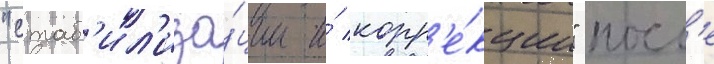
"стаб'ил'иза́ции и́ корр'е́кции" посл'е